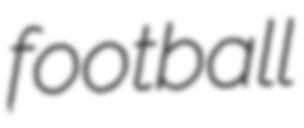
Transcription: football